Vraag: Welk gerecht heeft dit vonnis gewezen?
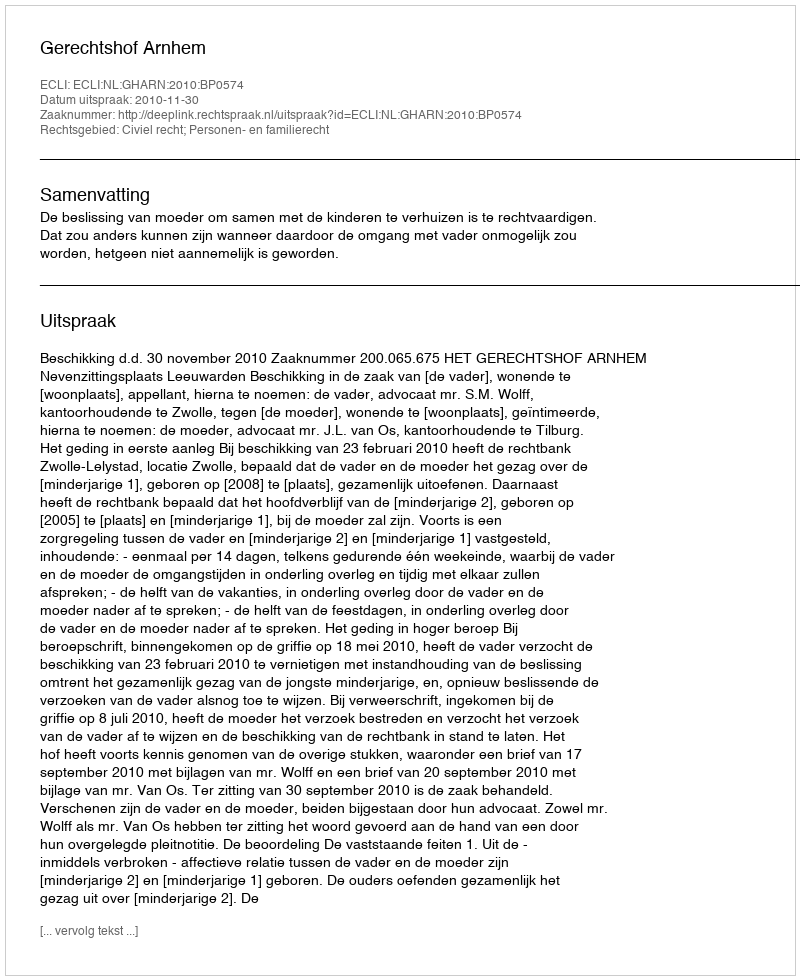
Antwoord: Gerechtshof Arnhem